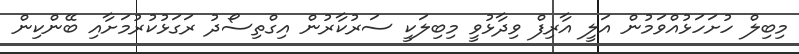
މިބިލް ހުށަހަޅުއްވަމުން އަލީ އާރިފް ވިދާޅުވީ މިބިލަކީ ސަރުކާރުން އިގްތިސޯދު ރަގަޅުކުރުމަށާއި ބޭންކިން